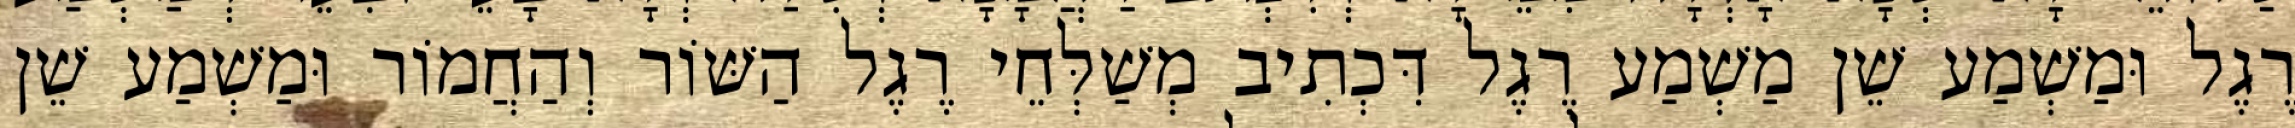
רֶגֶל וּמַשְׁמַע שֵׁן מַשְׁמַע רֶגֶל דִּכְתִיב מְשַׁלְּחֵי רֶגֶל הַשּׁוֹר וְהַחֲמוֹר וּמַשְׁמַע שֵׁן